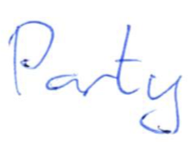
Text: Party
Cross-out: clean
Writing tool: ballpoint